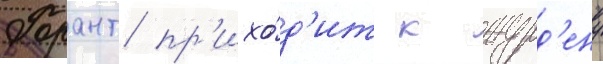
Дорант пр'ихо́д'ит к журд'ену